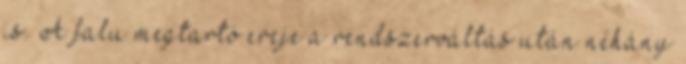
is. A falu megtartó ereje a rendszerváltás után néhány